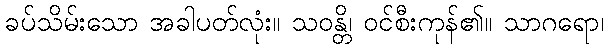
ခပ်သိမ်းသော အခါပတ်လုံး။ သဝန္တိ၊ ဝင်စီးကုန်၏။ သာဂရော၊